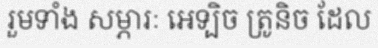
រួមទាំង សម្ភារៈ អេទ្បិច ត្រូនិច ដែល